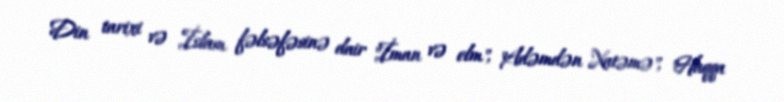
Din tarixi və İslam fəlsəfəsinə dair "İman və elm", "Adəmdən Xatəmə", "Haqqa